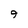
Character: 9